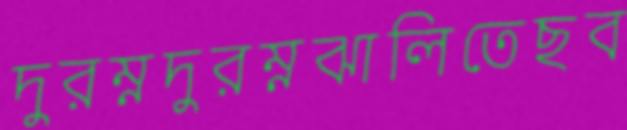
দুরম্নদুরম্নঝালিতেছব